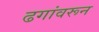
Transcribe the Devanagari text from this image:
ढगांवरून